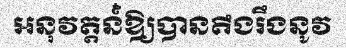
អនុវត្តន៍៎ឱ្យបានតឹងរឹងនូវ